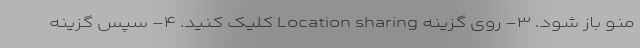
منو باز شود. ۳- روی گزینه Location sharing کلیک کنید. ۴- سپس گزینه